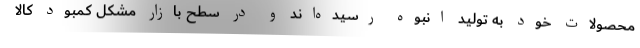
محصولات خود به تولید انبوه رسیده‌اند و در سطح بازار مشکل کمبود کالا